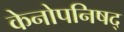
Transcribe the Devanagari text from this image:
केनोपनिषद्